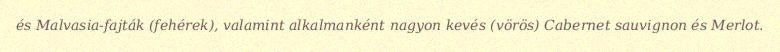
és Malvasia-fajták (fehérek), valamint alkalmanként nagyon kevés (vörös) Cabernet sauvignon és Merlot.